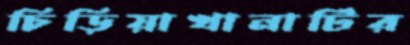
চিড়িয়াখানাটির